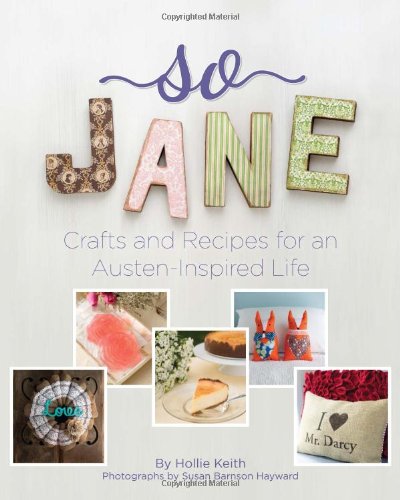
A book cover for So Jane: Crafts and Recipes for an Austen-Inspired Life; Hollie Keith; Crafts, Hobbies & Home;